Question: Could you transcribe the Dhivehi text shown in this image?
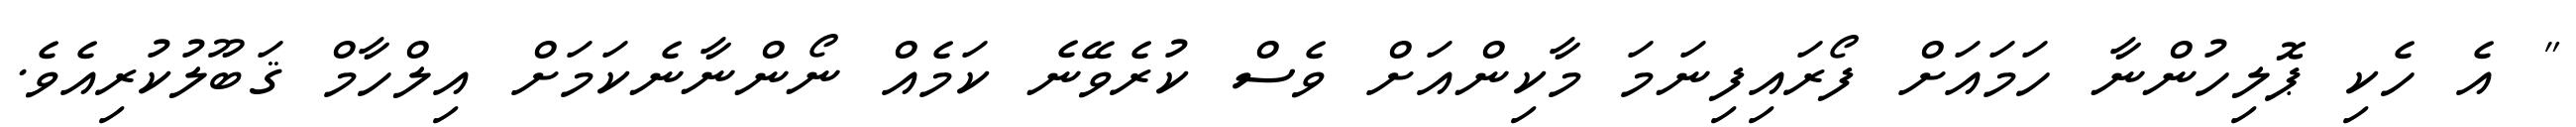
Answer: " އެ ހެކި ޕޮލިހުންނާ ހަމައަށް ފޯރައިފިނަމަ މާކިންއަށް ވެސް ކުރެވޭނެ ކަމެއް ނޯންނާނެކަމަށް އިލްހާމް ޤަބޫލުކުރިއެވެ.